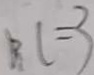
B C = 3